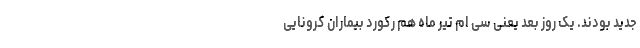
جدید بودند. یک روز بعد یعنی سی ام تیر ماه هم رکورد بیماران کرونایی